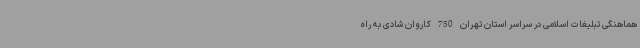
هماهنگی تبلیغات اسلامی در سراسر استان تهران 750 کاروان‌ شادی به راه